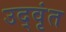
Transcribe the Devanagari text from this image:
उद्वृंत